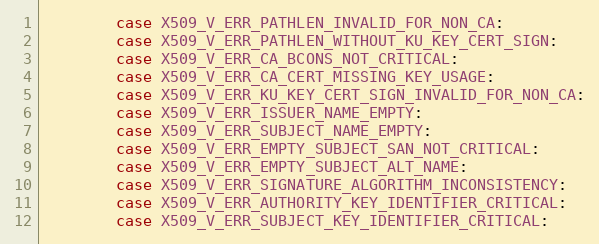
Language: C
        case X509_V_ERR_PATHLEN_INVALID_FOR_NON_CA:
        case X509_V_ERR_PATHLEN_WITHOUT_KU_KEY_CERT_SIGN:
        case X509_V_ERR_CA_BCONS_NOT_CRITICAL:
        case X509_V_ERR_CA_CERT_MISSING_KEY_USAGE:
        case X509_V_ERR_KU_KEY_CERT_SIGN_INVALID_FOR_NON_CA:
        case X509_V_ERR_ISSUER_NAME_EMPTY:
        case X509_V_ERR_SUBJECT_NAME_EMPTY:
        case X509_V_ERR_EMPTY_SUBJECT_SAN_NOT_CRITICAL:
        case X509_V_ERR_EMPTY_SUBJECT_ALT_NAME:
        case X509_V_ERR_SIGNATURE_ALGORITHM_INCONSISTENCY:
        case X509_V_ERR_AUTHORITY_KEY_IDENTIFIER_CRITICAL:
        case X509_V_ERR_SUBJECT_KEY_IDENTIFIER_CRITICAL: